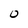
Character: O